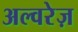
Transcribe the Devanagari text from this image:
अल्वरेज़